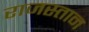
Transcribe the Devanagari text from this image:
राजस्तान